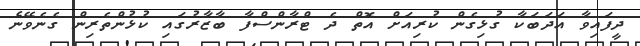
ދީފައިވާ އަދަބަކާ ގުޅިގެން ކުރިއަށް އޮތް ދެ ޓްރާންސްފާ ބާޒާރުގައި ކުޅުންތެރިން ގެނެވޭނެ